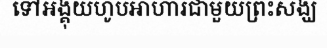
ទៅអង្គុយហូបអាហារជាមួយព្រះសង្ឃ